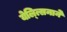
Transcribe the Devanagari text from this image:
येल्त्सिनाने